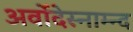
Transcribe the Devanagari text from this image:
अर्वोदेस्नाम्न्द